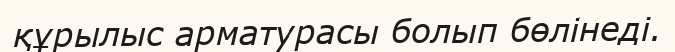
құрылыс арматурасы болып бөлінеді.